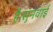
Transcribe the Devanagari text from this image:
है।सुनवाई